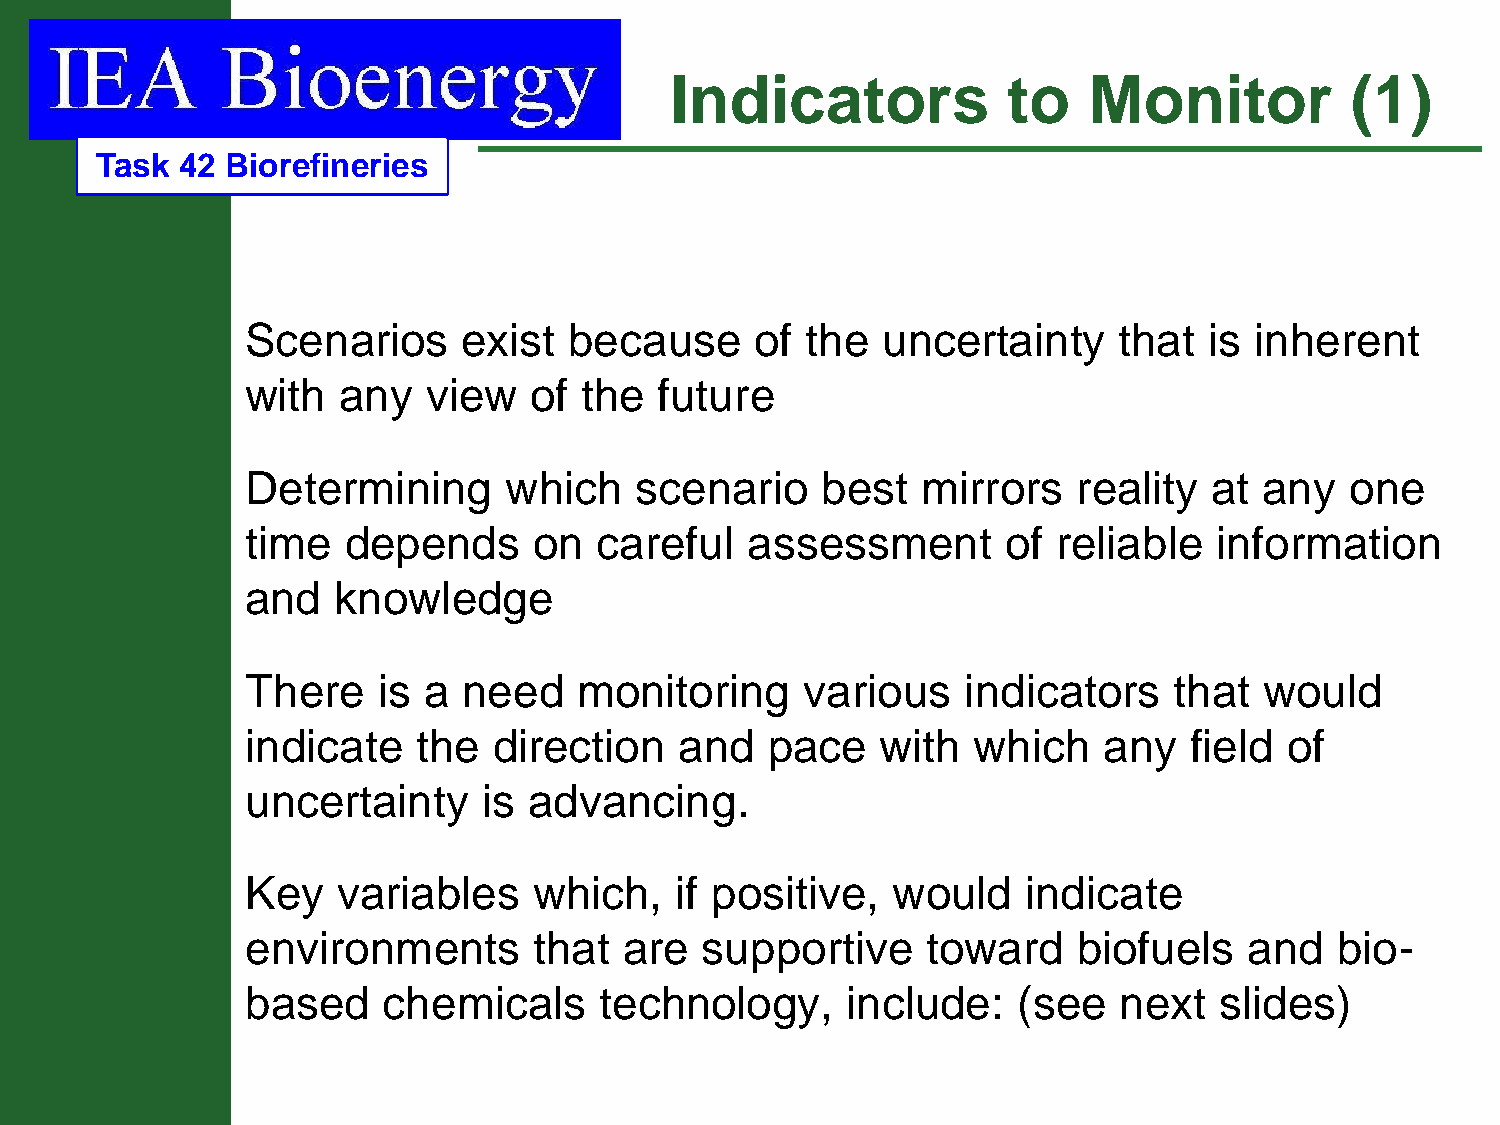
Indicators             to   Monitor          (1)
 Task  42 Biorefineries
 Scenarios      exist  because     of the  uncertainty     that  is inherent
 with  any   view   of the   future
 Determining      which    scenario    best   mirrors   reality  at  any  one
 time   depends     on   careful  assessment        of reliable   information
 and   knowledge
 There    is a  need   monitoring     various    indicators    that  would
 indicate    the  direction   and   pace   with  which    any   field of
 uncertainty     is advancing.
 Key   variables    which,    if positive,  would    indicate
 environments       that  are  supportive     toward    biofuels    and  bio-
 based    chemicals      technology,     include:   (see   next   slides)